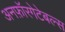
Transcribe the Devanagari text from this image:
अनफ़ॉरगेटेबल्स